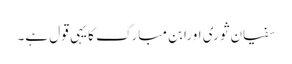
سفیان ثوری اورابن مبارک کا یہی قول ہے۔